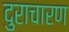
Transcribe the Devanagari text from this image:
दुराचारण